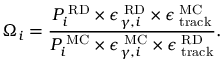
{ \Omega } _ { i } = \frac { P _ { i } ^ { \mathrm { \tiny ~ R D } } \times \epsilon _ { \gamma , i } ^ { \mathrm { \tiny ~ R D } } \times \epsilon _ { \mathrm { \tiny ~ t r a c k } } ^ { \mathrm { \tiny ~ M C } } } { { P _ { i } ^ { \mathrm { \tiny ~ M C } } } \times { \epsilon _ { \gamma , i } ^ { { \mathrm { \tiny ~ M C } } } } \times \epsilon _ { \mathrm { \tiny ~ t r a c k } } ^ { \mathrm { \tiny ~ R D } } } .